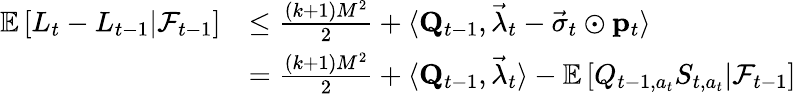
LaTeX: \begin{array}{rl}{\mathbb E\left[\left.L_{t}-L_{t-1}\right\rvert\mathcal F_{t-1}\right]}&{\le\frac{(k+1)M^{2}}2+\langle\mathbf Q_{t-1},\vec{\lambda}_{t}-\vec{\sigma}_{t}\odot\mathbf p_{t}\rangle}\\ &{=\frac{(k+1)M^{2}}2+\langle\mathbf Q_{t-1},\vec{\lambda}_{t}\rangle-\mathbb E\left[\left.Q_{t-1,a_{t}}S_{t,a_{t}}\right\rvert\mathcal F_{t-1}\right]}\end{array}